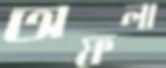
অফলা